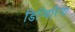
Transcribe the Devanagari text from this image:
डिप्थिरिया